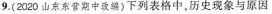
9.(2020山东东营期中改编〉下列表格中，历史现象与原因